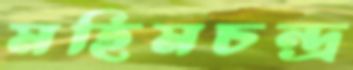
মহিমচন্দ্র